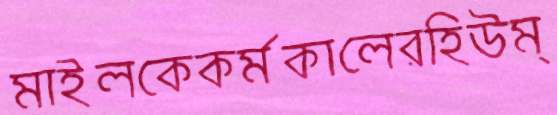
মাইলকেকর্মকালেরহিউম্